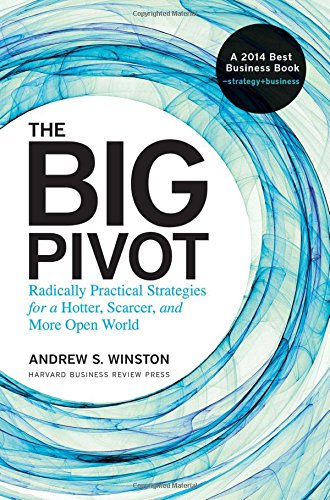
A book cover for The Big Pivot: Radically Practical Strategies for a Hotter, Scarcer, and More Open World; Andrew S. Winston; Business & Money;